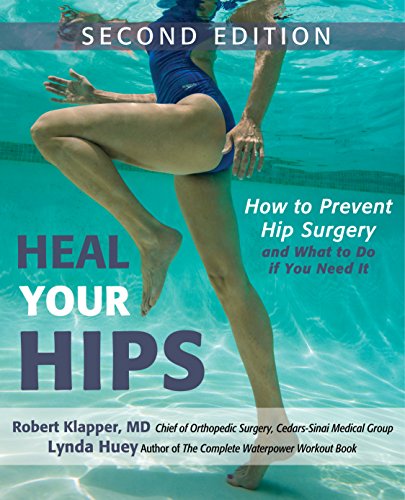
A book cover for Heal Your Hips, Second Edition: How to Prevent Hip Surgeryand What to Do If You Need It; Lynda Huey; Health, Fitness & Dieting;